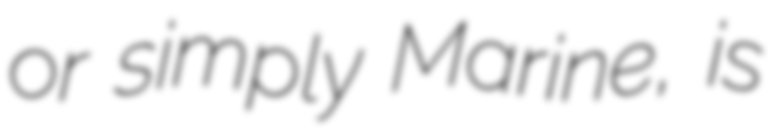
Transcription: or simply Marine, is